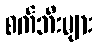
စက်ဘီးများ